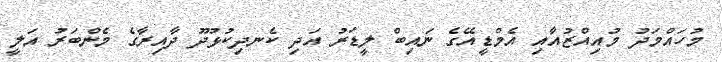
މުހައްމަދު މުއިއްޒުއާއި އެމްޑީއޭގެ ނައިބް ލީޑަރު އަދި ކެނދިކުޅުދޫ ދާއިރާގެ މެންބަރު އަލީ